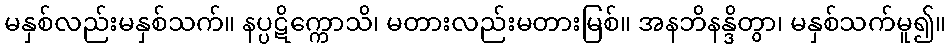
မနှစ်လည်းမနှစ်သက်။ နပ္ပဋိက္ကောသိ၊ မတားလည်းမတားမြစ်။ အနဘိနန္ဒိတွာ၊ မနှစ်သက်မူ၍။